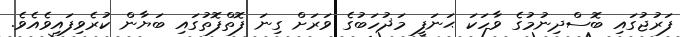
ފަރުޖުގައި ބޮސްދިނުމުގެ ވާހަކަ ޙަނަފީ މަޛުހަބުގެ ވަރަށް ގިނަ ފޮތްފޮތުގައި ބަޔާން ކުރެވިފައިވެއެވެ.